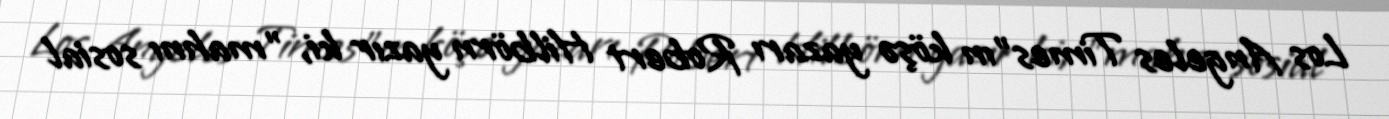
Los Angeles Times"ın köşə yazarı Robert Hilbörn yazır ki, "mahnı sosial